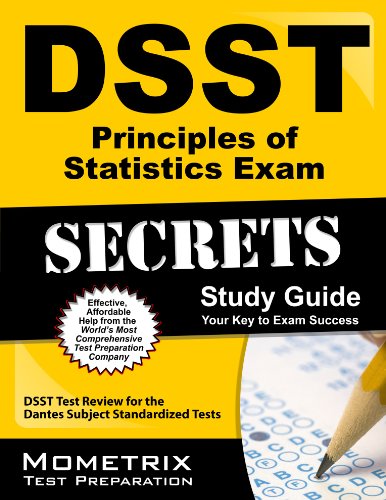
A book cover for DSST Principles of Statistics Exam Secrets Study Guide: DSST Test Review for the Dantes Subject Standardized Tests (Mometrix Secrets Study Guides); DSST Exam Secrets Test Prep Team; Test Preparation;